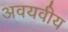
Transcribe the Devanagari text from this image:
अवयवीय